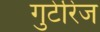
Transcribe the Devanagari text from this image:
गुटेरिज